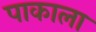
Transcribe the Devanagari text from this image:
पाकाला